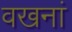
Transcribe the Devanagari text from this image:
वखनां